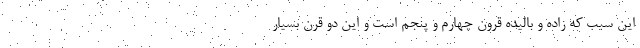
این سبب که زاده و بالیده قرون چهارم و پنجم است و این دو قرن بسیار